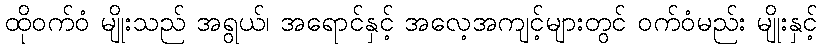
ထိုဝက်ဝံ မျိုးသည် အရွယ်၊ အရောင်နှင့် အလေ့အကျင့်များတွင် ဝက်ဝံမည်း မျိုးနှင့်